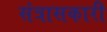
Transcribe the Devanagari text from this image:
संत्रासकारी